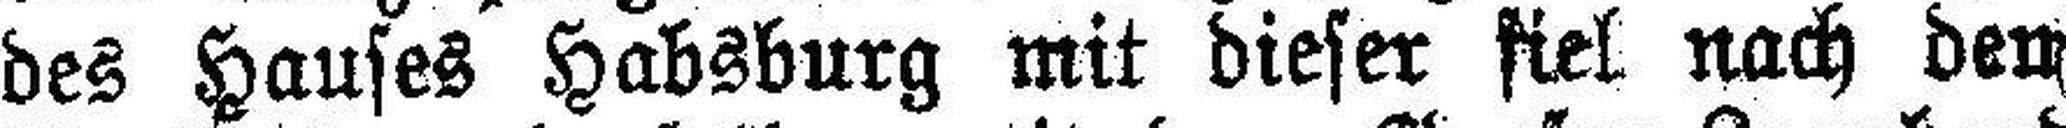
des Hauses Habsburg mit dieser fiel nach den